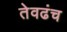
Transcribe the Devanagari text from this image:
तेवढंच